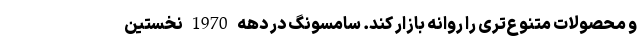
و محصولات متنوع‌تری را روانه بازار کند. سامسونگ در دهه 1970 نخستین